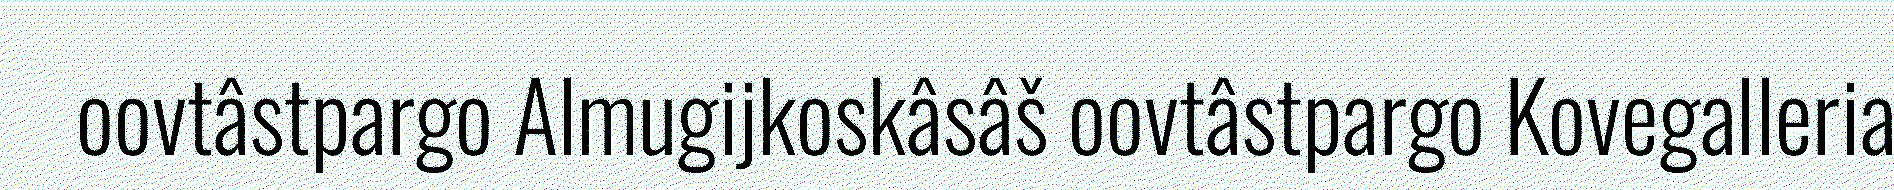
oovtâstpargo Almugijkoskâsâš oovtâstpargo Kovegalleria